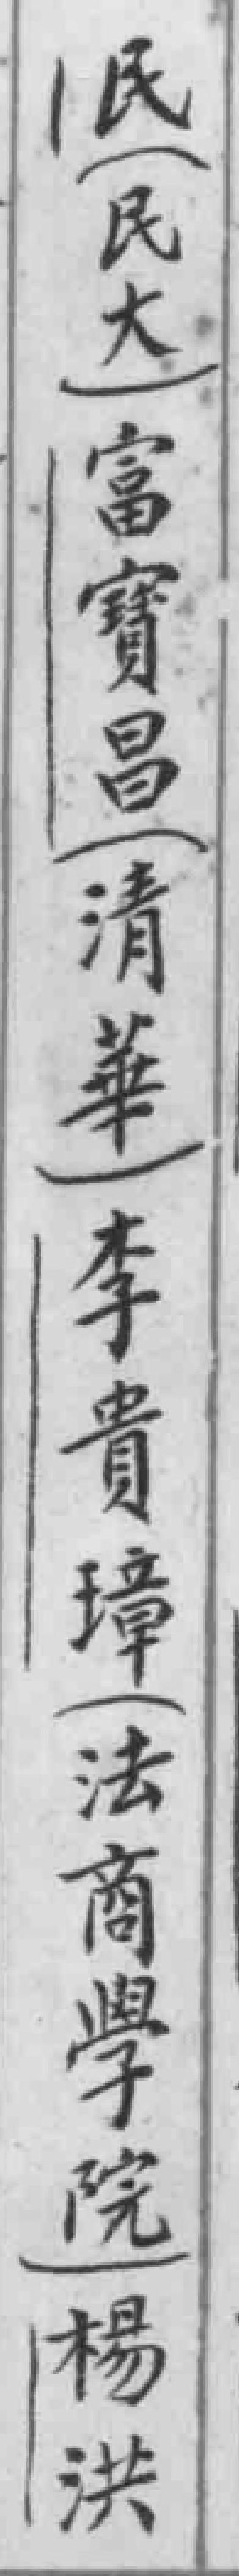
民（民大）富寳昌（清華）李貴璋（法商學院）楊洪